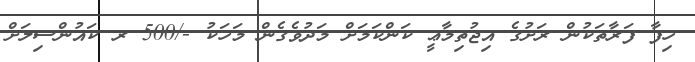
ހިފާ ފަރާތަކުން ރަށުގެ އިޖުތިމާޢީ ކަންކަމަށް މަދުވެގެން މަހަކު -/500 ރ ކައުންސިލަށް